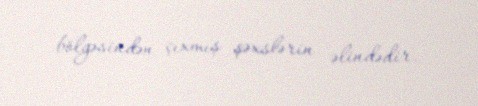
bölgəsindən çıxmış şəxslərin əlindədir.